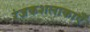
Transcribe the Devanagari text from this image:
रंजकशलाकाएँ